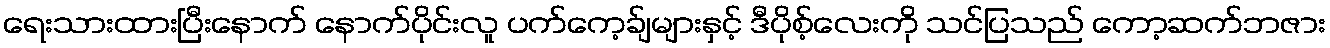
ရေးသားထားပြီးနောက် နောက်ပိုင်းလူ ပက်ကေ့ခ်ျများနှင့် ဒီပိုစ့်လေးကို သင်ပြသည် ကော့ဆက်ဘဇား